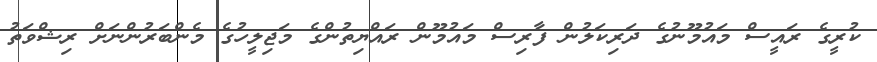
ކުރީގެ ރައީސް މައުމޫނުގެ ދަރިކަލުން ފާރިސް މައުމޫން ރައްޔިތުންގެ މަޖިލީހުގެ މެންބަރުންނަށް ރިޝްވަތު